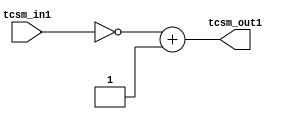
`timescale 1ns / 1ps
//////////////////////////////////////////////////////////////////////////////////
// Company: 
// Engineer: 
// 
// Design Name: 
// Module Name: two_to_sign
// Project Name: 
// Target Devices: 
// Tool Versions: 
// Description: 
// 
// Dependencies: 
// 
// Revision:
// Revision 0.01 - File Created
// Additional Comments:
// 
//////////////////////////////////////////////////////////////////////////////////


module two_to_sign(input [8:0] tcsm_in1, output [8:0] tcsm_out1);
assign tcsm_out1 = (~tcsm_in1) + 1;
endmodule